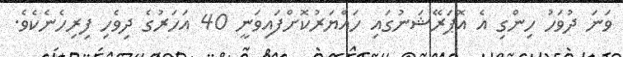
ވަނަ ދުވަހު ހިންގި އެ އޮޕަރޭޝަނުގައި ހައްޔަރުކޮށްފައިވަނީ 40 އަހަރުގެ ދިވެހި ފިރިހެނެކެވެ.